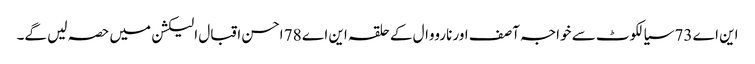
این اے 73 سیالکوٹ سے خواجہ آصف اور نارووال کے حلقہ این اے 78 احسن اقبال الیکشن میں حصہ لیں گے۔